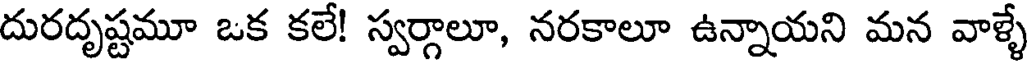
దురదృష్టమూ ఒక కలే! స్వర్గాలూ, నరకాలూ ఉన్నాయని మన వాళ్ళే